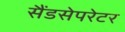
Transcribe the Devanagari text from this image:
सैंडसेपरेटर